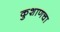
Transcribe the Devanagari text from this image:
कुशाणचा